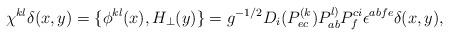
LaTeX: \begin{align*}\chi ^{kl}\delta (x,y)=\{\phi ^{kl}(x),H_{\perp}(y)\}=g^{-1/2}D_{i}(P_{ec}^{(k})P_{ab}^{l)}P_{f}^{ci}\epsilon ^{abfe}\delta(x,y), \end{align*}